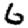
Digit: 6